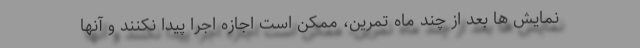
نمایش ها بعد از چند ماه تمرین، ممکن است اجازه اجرا پیدا نکنند و آنها